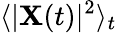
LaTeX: \langle|\mathbf{X}(t)|^{2}\rangle_{t}